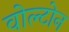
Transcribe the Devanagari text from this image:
वोल्टोन